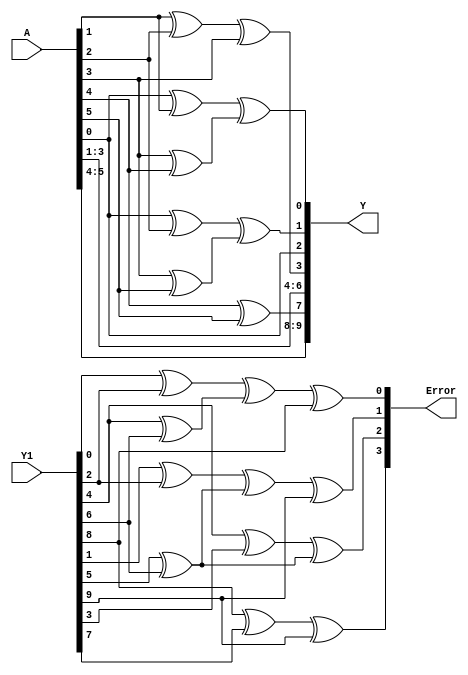
//hamming_encode
module hamming_encode(
    input [5:0] A,
    output [9:0] Y,
    input [9:0] Y1,
    output [3:0] Error
);
assign Y[0] = ((A[0] ^ A[1]) ^ (A[3] ^ A[4]));
assign Y[1] = ((A[0] ^ A[2]) ^ (A[3] ^ A[5]));
assign Y[2] = A[0];
assign Y[3] = ((A[1] ^ A[2]) ^ A[3]);
assign Y[4] = A[1];
assign Y[5] = A[2];
assign Y[6] = A[3];
assign Y[7] = (A[4] ^ A[5]);
assign Y[8] = A[4];
assign Y[9] = A[5];
assign Error[0] = (((Y1[0] ^ Y1[2]) ^ (Y1[4] ^ Y1[6])) ^ Y1[8]);
assign Error[1] = (((Y1[1] ^ Y1[2]) ^ (Y1[5] ^ Y1[6])) ^ Y1[9]);
assign Error[2] = ((Y1[4] ^ Y1[3]) ^ (Y1[6] ^ Y1[5]));
assign Error[3] = ((Y1[8] ^ Y1[7]) ^ Y1[9]);
endmodule

/*
test case
Y1 Error
0x2E4   0
0x2E5   0x01
0x2E6   0x02
0x2E0   0x03
0x2EC   0x04
0x2F4   0x05
0x2C4   0x06
0x2A4   0x07
0x264   0x08
0x3E4   0x09
0x0E4   0x0A
*/